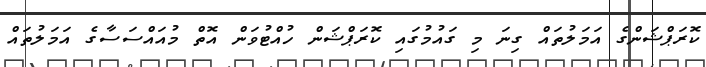
ކޮރަޕްޝަންގެ އަމަލުތައް ގިނަ މި ގައުމުގައި ކޮރަޕްޝަން ހުއްޓުވަން އޮތް މުއައްސަސާގެ އަމަލުތައް